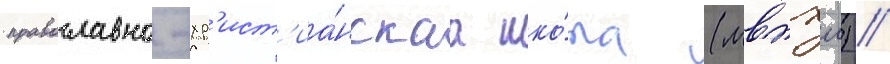
православно-хр'ист'иа́нскаа шко́ла (мвпхш) //